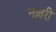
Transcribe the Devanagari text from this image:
नल्लरी